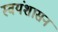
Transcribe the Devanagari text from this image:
स्वयंशासन